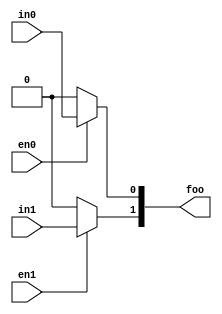


module test
  (output reg [1:0] foo,
   input wire in0, en0,
   input wire in1, en1
   /* */);

   localparam foo_default = 2'b00;
   always @*
     begin
	foo = foo_default;
	if (en0) foo[0] = in0;
	if (en1) foo[1] = in1;
     end

endmodule // test

module main;

   wire [1:0] foo;
   reg	      in0, en0;
   reg	      in1, en1;

   test dut (.foo(foo), .in0(in0), .in1(in1), .en0(en0), .en1(en1));

   initial begin
      in0 = 1;
      in1 = 1;

      en0 = 0;
      en1 = 0;

      #1 if (foo !== 2'b00) begin
	 $display("FAILED -- foo=%b, in=%b%b, en=%b%b", foo, in1, in0, en1, en0);
	 $finish;
      end

      en0 = 1;
      #1 if (foo !== 2'b01) begin
	 $display("FAILED -- foo=%b, in=%b%b, en=%b%b", foo, in1, in0, en1, en0);
	 $finish;
      end

      en0 = 0;
      en1 = 1;
      #1 if (foo !== 2'b10) begin
	 $display("FAILED -- foo=%b, in=%b%b, en=%b%b", foo, in1, in0, en1, en0);
	 $finish;
      end

      en0 = 1;
      en1 = 1;
      #1 if (foo !== 2'b11) begin
	 $display("FAILED -- foo=%b, in=%b%b, en=%b%b", foo, in1, in0, en1, en0);
	 $finish;
      end

      $display("PASSED");
   end

endmodule // main